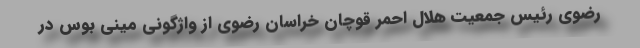
رضوی رئیس جمعیت هلال احمر قوچان خراسان رضوی از واژگونی مینی بوس در